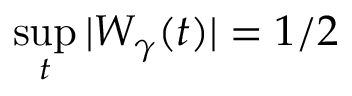
\operatorname* { s u p } _ { t } | W _ { \gamma } ( t ) | = 1 / 2